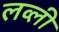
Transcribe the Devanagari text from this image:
लव्ली